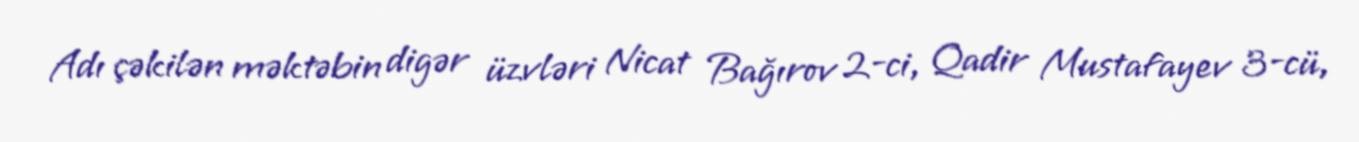
Adı çəkilən məktəbin digər üzvləri Nicat Bağırov 2-ci, Qadir Mustafayev 3-cü,